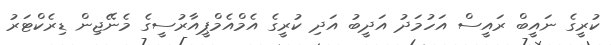
ކުރީގެ ނައީބް ރައީސް އަހުމަދު އަދީބު އަދި ކުރީގެ އެމްއެމްޕީއާރުސީގެ މެނޭޖިން ޑިރެކްޓަރު